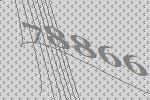
78866